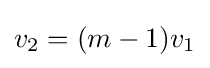
v_{2}=(m-1)v_{1}